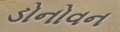
ડોનોવન